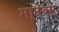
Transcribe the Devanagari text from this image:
मानेक्स